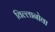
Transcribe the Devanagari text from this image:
विल्लानोवा